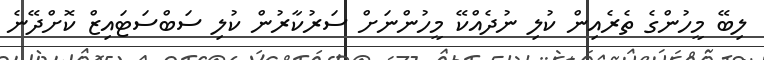
ލިބޭ މީހުންގެ ތެރެއިން ކުލި ނުދެއްކޭ މީހުންނަށް ސަރުކާރުން ކުލި ސަބްސަޓައިޒް ކޮށްދޭނެ